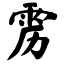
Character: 雳